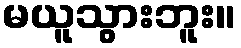
မယူသွားဘူး။